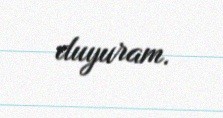
duyuram.